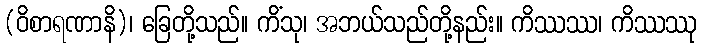
(ဝိစာရဏာနိ)၊ ခြေတို့သည်။ ကိံသု၊ အဘယ်သည်တို့နည်း။ ကိဿဿ၊ ကိဿဿု